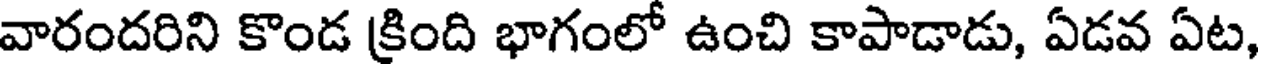
వారందరిని కొండ క్రింది భాగంలో ఉంచి కాపాడాడు, ఏడవ ఏట,